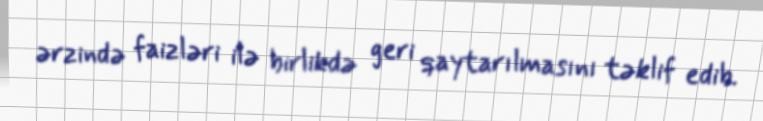
ərzində faizləri ilə birlikdə geri qaytarılmasını təklif edib.